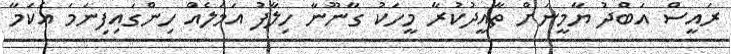
ރައީސް އަބްދު ޔާމީނަށް ތާއީދުކުރާ މީހަކު ގާނޫނާ ހިލާފު އަމަލެއް ހިންގައިފިނަމަ އެކަމާ